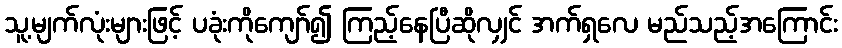
သူ့မျက်လုံးများဖြင့် ပခုံးကိုကျော်၍ ကြည့်နေပြီဆိုလျှင် အက်ရှလေ မည်သည့်အကြောင်း